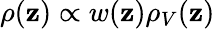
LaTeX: \rho(\mathbf{z})\propto w(\mathbf{z})\rho_{V}(\mathbf{z})